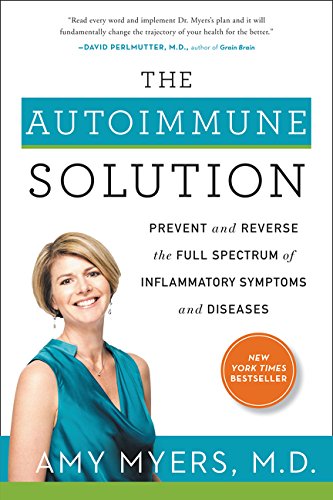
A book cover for The Autoimmune Solution: Prevent and Reverse the Full Spectrum of Inflammatory Symptoms and Diseases; Amy Myers; Health, Fitness & Dieting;